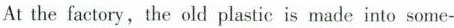
At the factory,the old plastic is made into some-